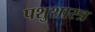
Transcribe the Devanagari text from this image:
पशुशास्त्र